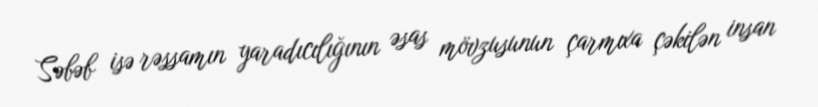
Səbəb isə rəssamın yaradıcılığının əsas mövzusunun çarmıxa çəkilən insan